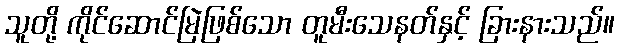
သူတို့ ကိုင်ဆောင်မြဲဖြစ်သော တူမီးသေနတ်နှင့် ခြားနားသည်။